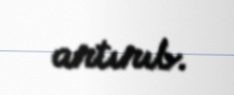
artırıb.